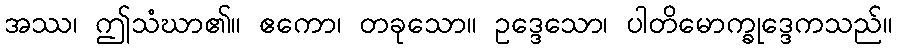
အဿ၊ ဤသံဃာ၏။ ဧကော၊ တခုသော။ ဥဒ္ဒေသော၊ ပါတိမောက္ခုဒ္ဒေကသည်။